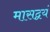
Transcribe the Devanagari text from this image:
मासद्वयं